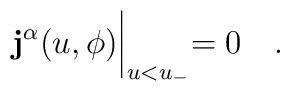
{\bf j^{\alpha}}(u,\phi)\biggl|_{u<u_-}=0\quad .